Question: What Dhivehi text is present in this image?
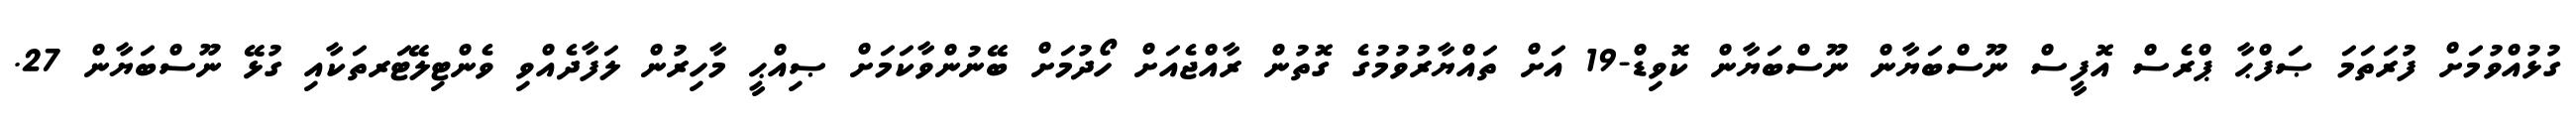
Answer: ގުޅުއްވުމަށް ފުރަތަމަ ޞަފްޙާ ޕްރެސް އޮފީސް ނޫސްބަޔާން ނޫސްބަޔާން ކޮވިޑް-19 އަށް ތައްޔާރުވުމުގެ ގޮތުން ރާއްޖެއަށް ހޯދުމަށް ބޭނުންވާކަމަށް ޞިއްޙީ މާހިރުން ލަފާދެއްވި ވެންޓިލޭޓަރތަކާއި ގުޅޭ ނޫސްބަޔާން 27.